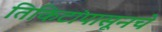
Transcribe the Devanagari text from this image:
तिकिटांपासूनचे